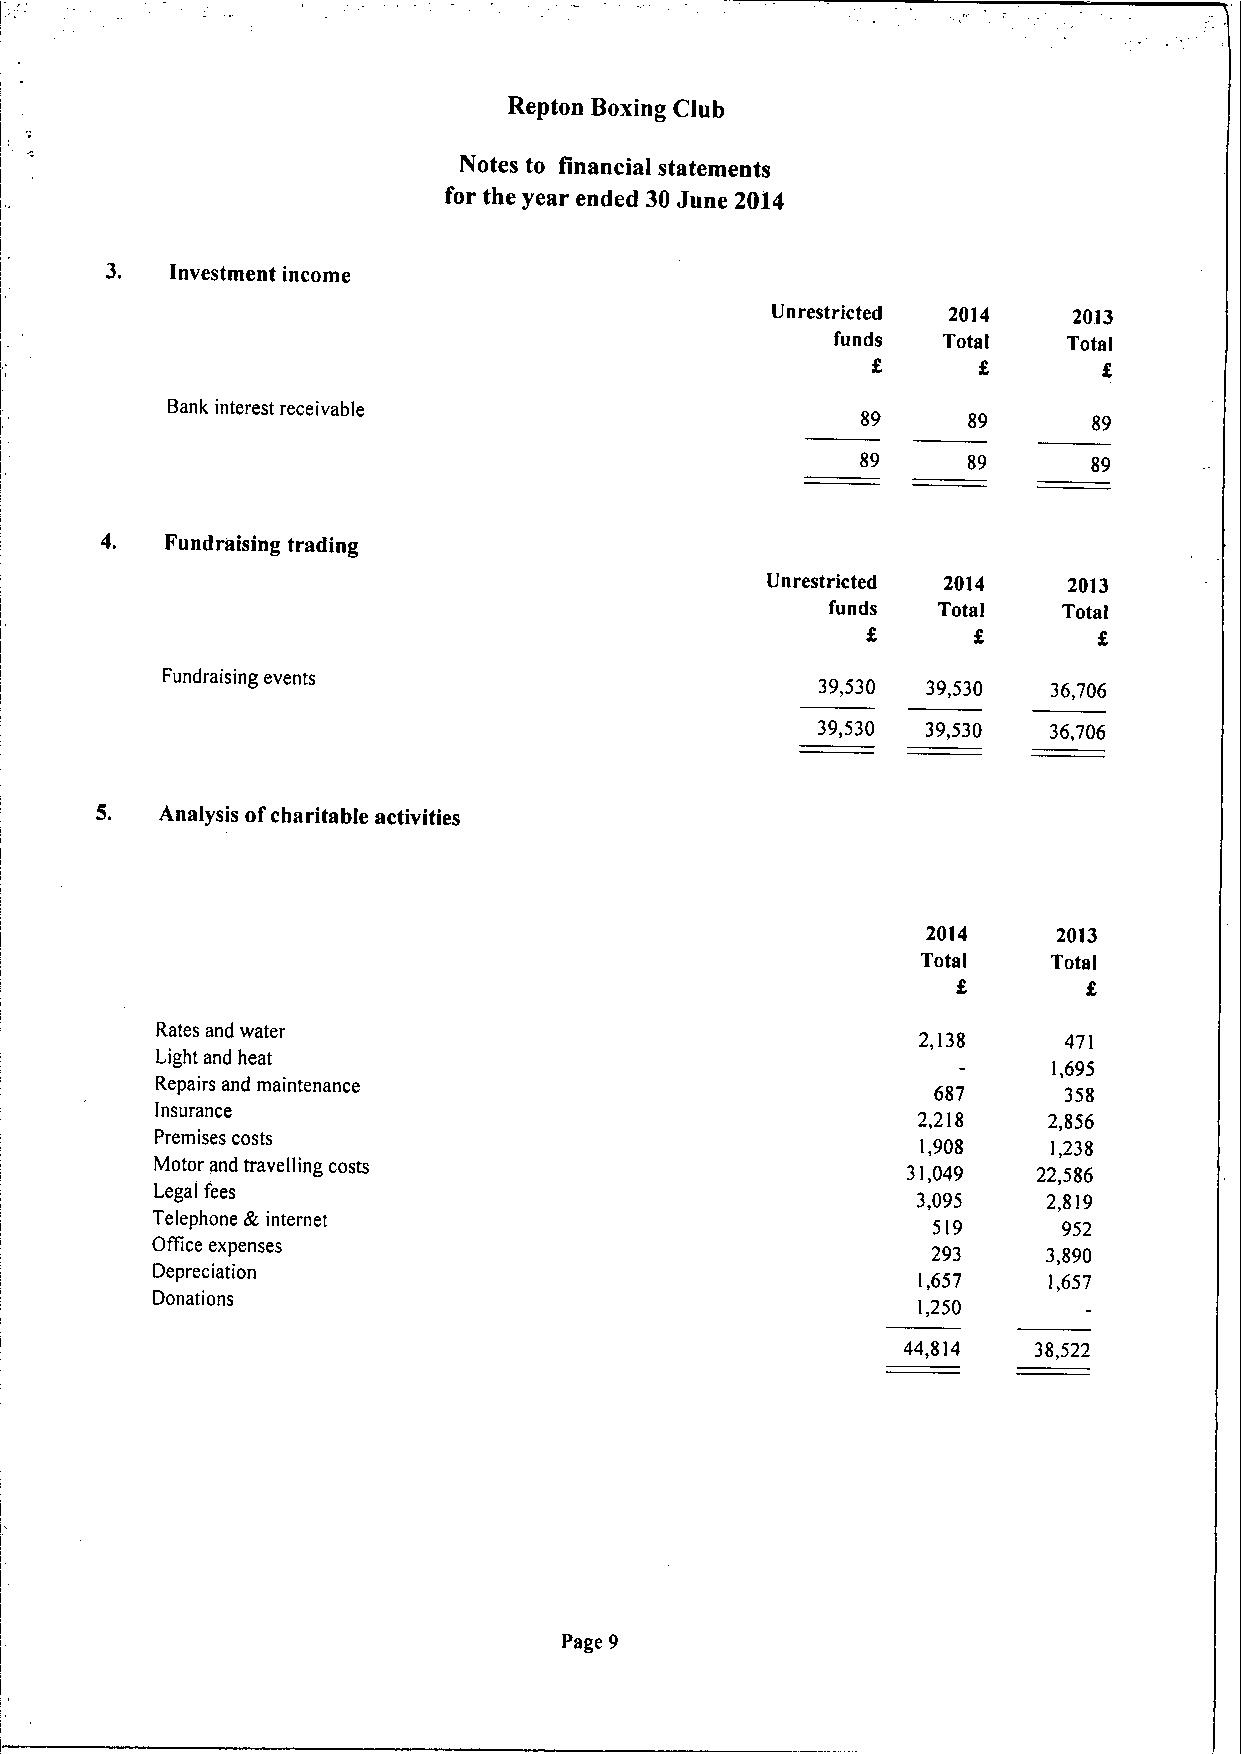
Repton Boxing Club
 Notes to financial statements
 for the year ended 30June 2014
 3.  Investment income
 Unrestricted 2014   2013
 funds  Total    Total
 Bank interest receivable
 89     89      89
 89     89      89
 4.  Fundraising trading
 Unrestricted 2014   2013
 funds  Total   Total
 Fundraising events
 39,530 39,530   36,706
 39,530 39,530  36,706
 5.   Analysis ofcharitable activities
 2014     2013
 Total    Total
 f,
 Rates and water
 2,138    471
 Light and heat
 1,695
 Repairs and maintenance
 687     358
 Insurance
 2,218   2,856
 Premises costs
 1,908    1,238
 Motor and travelling costs                        31,049   22,586
 Legal fees
 3,095   2,819
 Telephone &internet                                 519     952
 Office expenses                                     293    3,890
 Depreciation
 1,657   1,657
 Donations
 1,250
 44,814  38,522
 Page 9